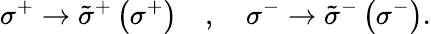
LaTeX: \sigma^{+}\rightarrow\tilde{\sigma}^{+}\left(\sigma^{+}\right)\, \, \, \, \, \, ,\, \, \, \, \, \, \sigma^{-}\rightarrow\tilde{\sigma}^{-}\left(\sigma^{-}\right).